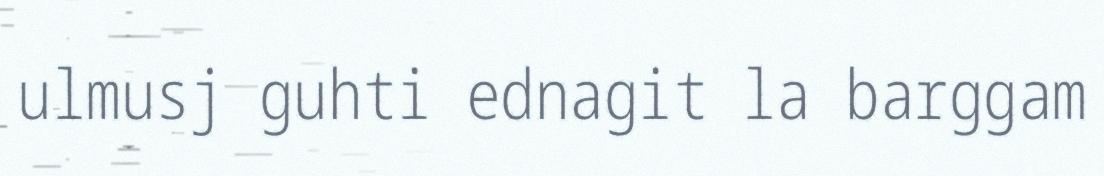
ulmusj guhti ednagit la barggam